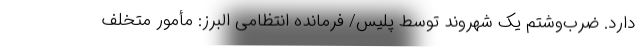
دارد. ضرب‌وشتم یک شهروند توسط پلیس/ فرمانده انتظامی البرز: مأمور متخلف